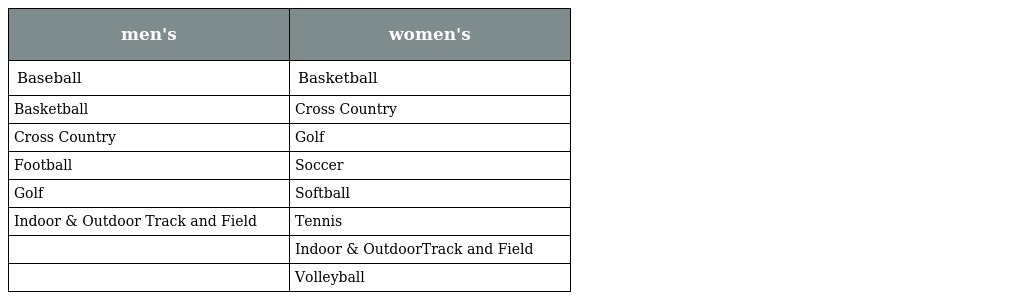
| men's | women's |
 | --- | --- |
 | Baseball | Basketball |
 | Basketball | Cross Country |
 | Cross Country | Golf |
 | Football | Soccer |
 | Golf | Softball |
 | Indoor & Outdoor Track and Field | Tennis |
 |  | Indoor & OutdoorTrack and Field |
 |  | Volleyball |